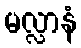
မလ္လာနံ